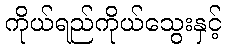
ကိုယ်ရည်ကိုယ်သွေးနှင့်